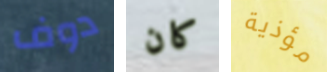
دوف كان مؤذية